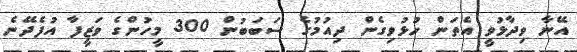
އޭނާ ވިދާޅުވީ އެތަން ހުޅުވިގެން ދިއުމުގެ ސަބަބުން 300 މީހުންގެ ވަޒީފާ އުފެދޭނެ